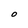
Character: O